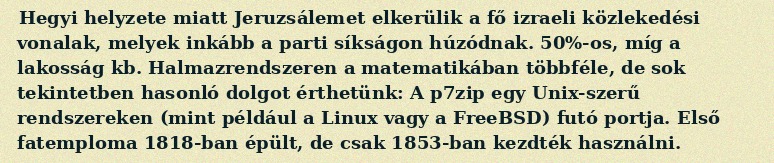
Hegyi helyzete miatt Jeruzsálemet elkerülik a fő izraeli közlekedési vonalak, melyek inkább a parti síkságon húzódnak. 50%-os, míg a lakosság kb. Halmazrendszeren a matematikában többféle, de sok tekintetben hasonló dolgot érthetünk: A p7zip egy Unix-szerű rendszereken (mint például a Linux vagy a FreeBSD) futó portja. Első fatemploma 1818-ban épült, de csak 1853-ban kezdték használni.